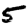
Digit: 5